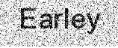
Earley